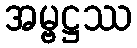
အမ္ဗဋ္ဌဿ